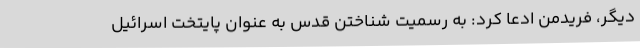
دیگر، فریدمن ادعا کرد: به رسمیت شناختن قدس به عنوان پایتخت اسرائیل